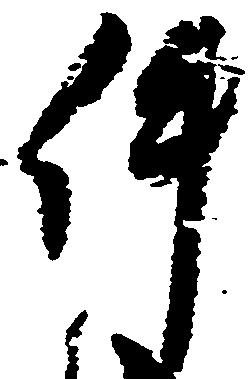
件